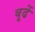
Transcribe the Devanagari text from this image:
बूढें